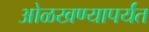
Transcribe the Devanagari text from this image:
ओळखण्यापर्यंत